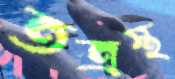
তত্রস্থ